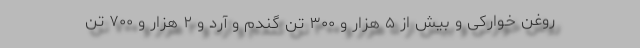
روغن خوارکی و بیش از ۵ هزار و ۳۰۰ تن گندم و آرد و ۲ هزار و ۷۰۰ تن